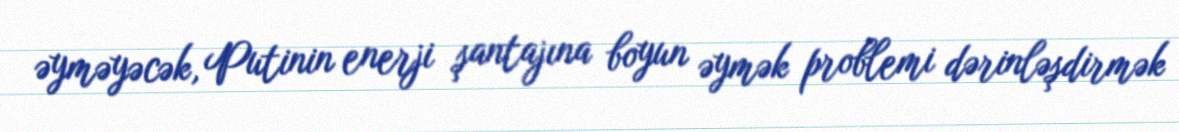
əyməyəcək, Putinin enerji şantajına boyun əymək problemi dərinləşdirmək